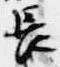
長